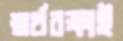
স্বার্থরক্ষাই